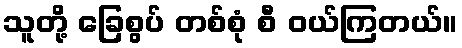
သူတို့ ခြေစွပ် တစ်စုံ စီ ဝယ်ကြတယ်။